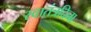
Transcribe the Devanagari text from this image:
स्वातंत्रदिना